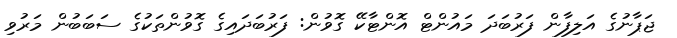
ޖަޕާނުގެ އަލިފާން ފަރުބަދަ މައުންޓް އޮންޓާކޭ ގޮވުން: ފަރުބަދައިގެ ގޮވުންތަކުގެ ސަބަބުން މަރުވި